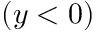
( y < 0 )